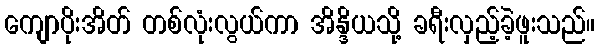
ကျောပိုးအိတ် တစ်လုံးလွယ်ကာ အိန္ဒိယသို့ ခရီးလှည့်ခဲ့ဖူးသည်။